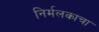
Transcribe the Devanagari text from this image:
निर्मलकाचा